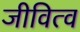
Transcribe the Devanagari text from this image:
जीवित्व